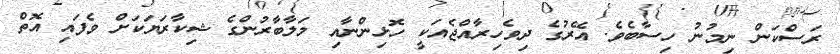
ރަސްކަން ނިމުނު ހިސާބެވެ. އޭރުގެ ދިވެހިރާއްޖެއަކީ ހޮޅިންނާއި މަލާބާރުންގެ ޝިކާރަޔަކަށް ވެފައި އޮތް